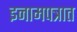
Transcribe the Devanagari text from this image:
इनामपत्रात